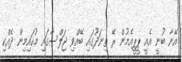
އޭނާ ބުނީ އެއީ ޕީޕީއެމުން ރޭ ތިނަދޫގައި ބޭއްވި ޖަލްސާގައި މުހައިމިން ދެއްކި